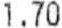
1.70